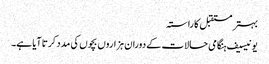
بہتر مستقبل کا راستہ
یونیسیف ہنگامی حالات کے دوران ہزاروں بچوں کی مدد کرتا آیا ہے۔